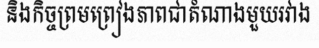
និងកិច្ចព្រមព្រៀងភាពជាតំណាងមួយរវាង